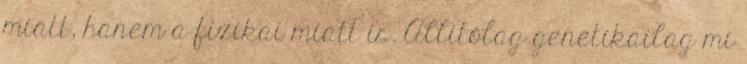
miatt, hanem a fizikai miatt is. Allítólag genetikailag mi